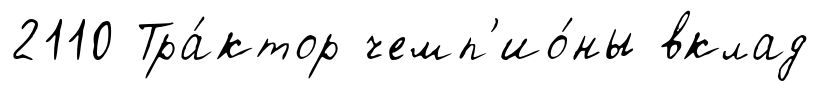
2110 Тра́ктор чемп'ио́ны вклад